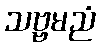
သဗ္ဗမညံ